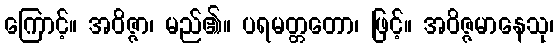
ကြောင့်။ အဝိဇ္ဇာ၊ မည်၏။ ပရမတ္တတော၊ ဖြင့်။ အဝိဇ္ဇမာနေသု၊